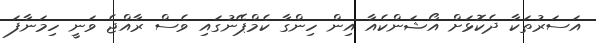
އަސަރުތަކާ ދެކޮޅަށް އޯޝަންކެއާ އިން ހިންގާ ކެމްޕޭނުގައި ވެސް ރާއްޖެ ވަނީ ހިމަނާފަ